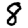
Digit: 8